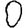
Digit: 0